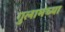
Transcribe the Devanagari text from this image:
गुलामंच्या